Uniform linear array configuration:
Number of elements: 48
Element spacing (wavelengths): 1
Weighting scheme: uniform
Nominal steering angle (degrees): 15
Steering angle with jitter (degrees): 14.368
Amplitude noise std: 0.05
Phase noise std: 0.05

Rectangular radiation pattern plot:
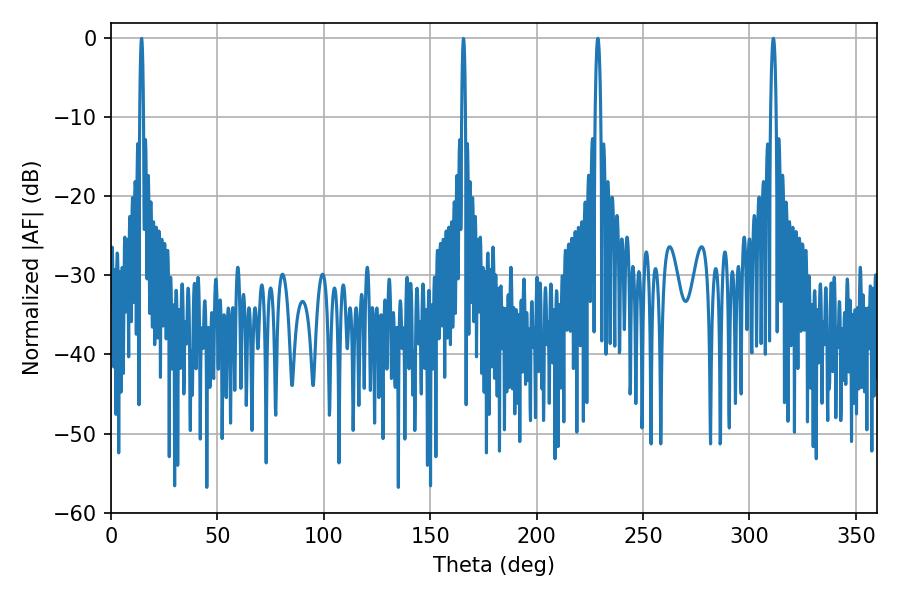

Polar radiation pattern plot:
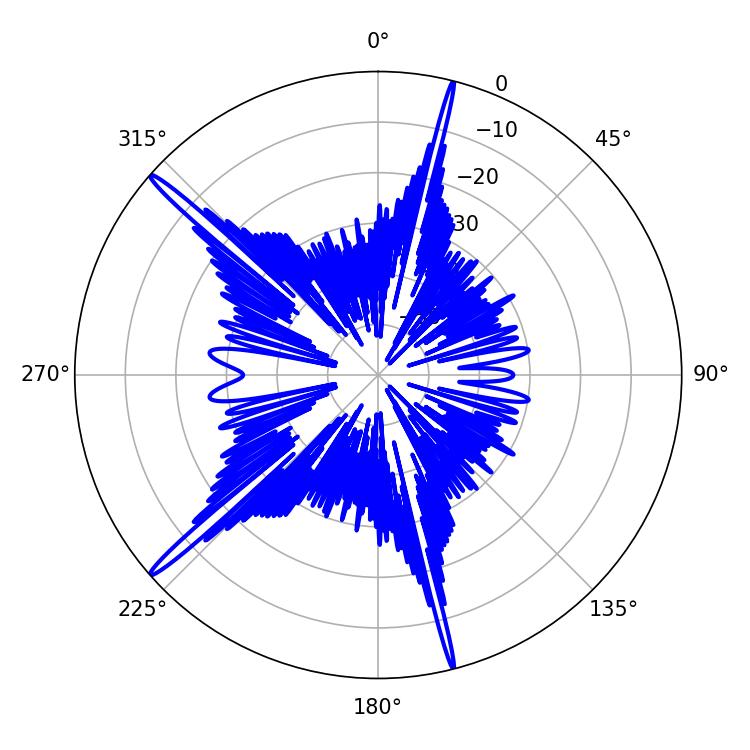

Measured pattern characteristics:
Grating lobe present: TRUE
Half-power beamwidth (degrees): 1.44
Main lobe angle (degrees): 311.22